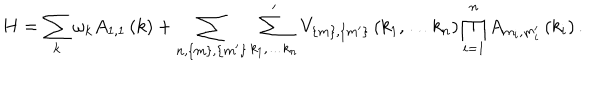
H = \sum _ { k } \omega _ { k } A _ { 1 , 1 } \left( k \right) + \sum _ { n , \left\{ m \right\} , \left\{ m ^ { \prime } \right\} } \sum _ { k _ { 1 } , \ldots k _ { n } } ^ { \prime } V _ { \left\{ m \right\} , \left\{ m ^ { \prime } \right\} } \left( k _ { 1 } , \ldots k _ { n } \right) \prod _ { i = 1 } ^ { n } A _ { m _ { i } , m _ { i } ^ { \prime } } \left( k _ { i } \right) .